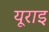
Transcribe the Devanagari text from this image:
यूराइ